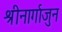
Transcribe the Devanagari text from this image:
श्रीनार्गाजुन